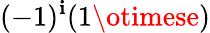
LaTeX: (-1)^{\mathbf{i}}(1\otimese)